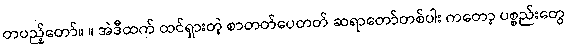
တပည့်တော်။ ။ အဲဒီထက် ထင်ရှားတဲ့ စာတတ်ပေတတ် ဆရာတော်တစ်ပါး ကတော့ ပစ္စည်းတွေ